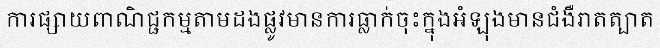
ការផ្សាយពាណិជ្ជកម្មតាមដងផ្លូវមានការធ្លាក់ចុះក្នុងអំឡុងមានជំងឺរាតត្បាត